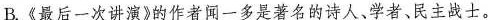
4.下列文学常识表述有误的一项是(3分) ( )